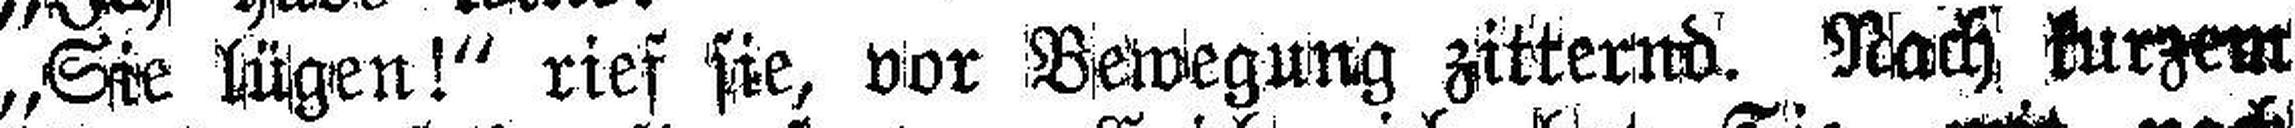
„Sie lügen!“ rief sie, vor Bewegung zitternd. Nach kurzem